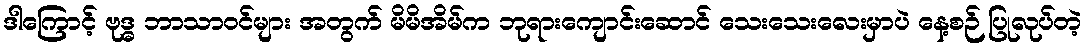
ဒါကြောင့် ဗုဒ္ဓ ဘာသာဝင်များ အတွက် မိမိအိမ်က ဘုရားကျောင်းဆောင် သေးသေးလေးမှာပဲ နေ့စဉ် ပြုလုပ်တဲ့